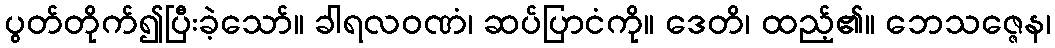
ပွတ်တိုက်၍ပြီးခဲ့သော်။ ခါရလဝဏံ၊ ဆပ်ပြာငံကို။ ဒေတိ၊ ထည့်၏။ ဘေသဇ္ဇေန၊